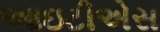
આઇટીએસ